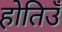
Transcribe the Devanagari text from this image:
होतिउँ